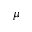
\mu